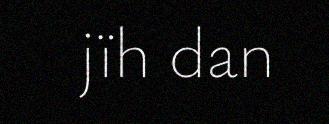
jïh dan